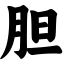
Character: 胆